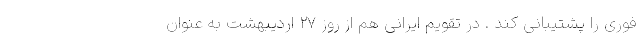
فوری را پشتیبانی کند . در تقویم ایرانی هم از روز ۲۷ اردیبهشت به عنوان